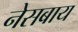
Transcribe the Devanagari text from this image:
नेसबाय